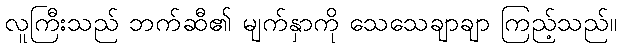
လူကြီးသည် ဘက်ဆီ၏ မျက်နှာကို သေသေချာချာ ကြည့်သည်။